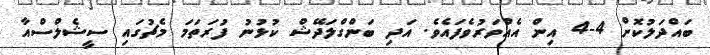
ބައްދަލުކޮށް 4-4 އިން އެއްވަރުވެފައެވެ. އަދި ބަންގްލަދޭޝް ކުޅުނު ފުރަތަމަ މެޗުގައި ސީޝެލްސްއާ